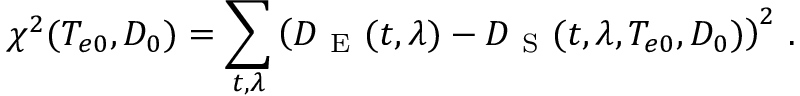
\chi ^ { 2 } ( T _ { e 0 } , D _ { 0 } ) = \sum _ { t , \lambda } \left( D _ { \mathrm { ~ E ~ } } ( t , \lambda ) - D _ { \mathrm { ~ S ~ } } ( t , \lambda , T _ { e 0 } , D _ { 0 } ) \right) ^ { 2 } \, .